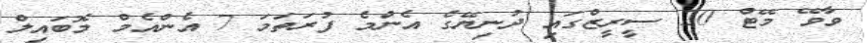
ވާވޭ މޭޓް 20 ސީރީޒްގައި ދުނިޔޭގެ އެންމެ ފުރަތަމަ 7 އެންއެމް މޮބައިލް